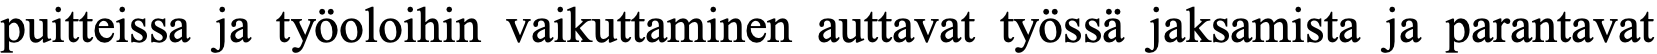
puitteissa ja työoloihin vaikuttaminen auttavat työssä jaksamista ja parantavat